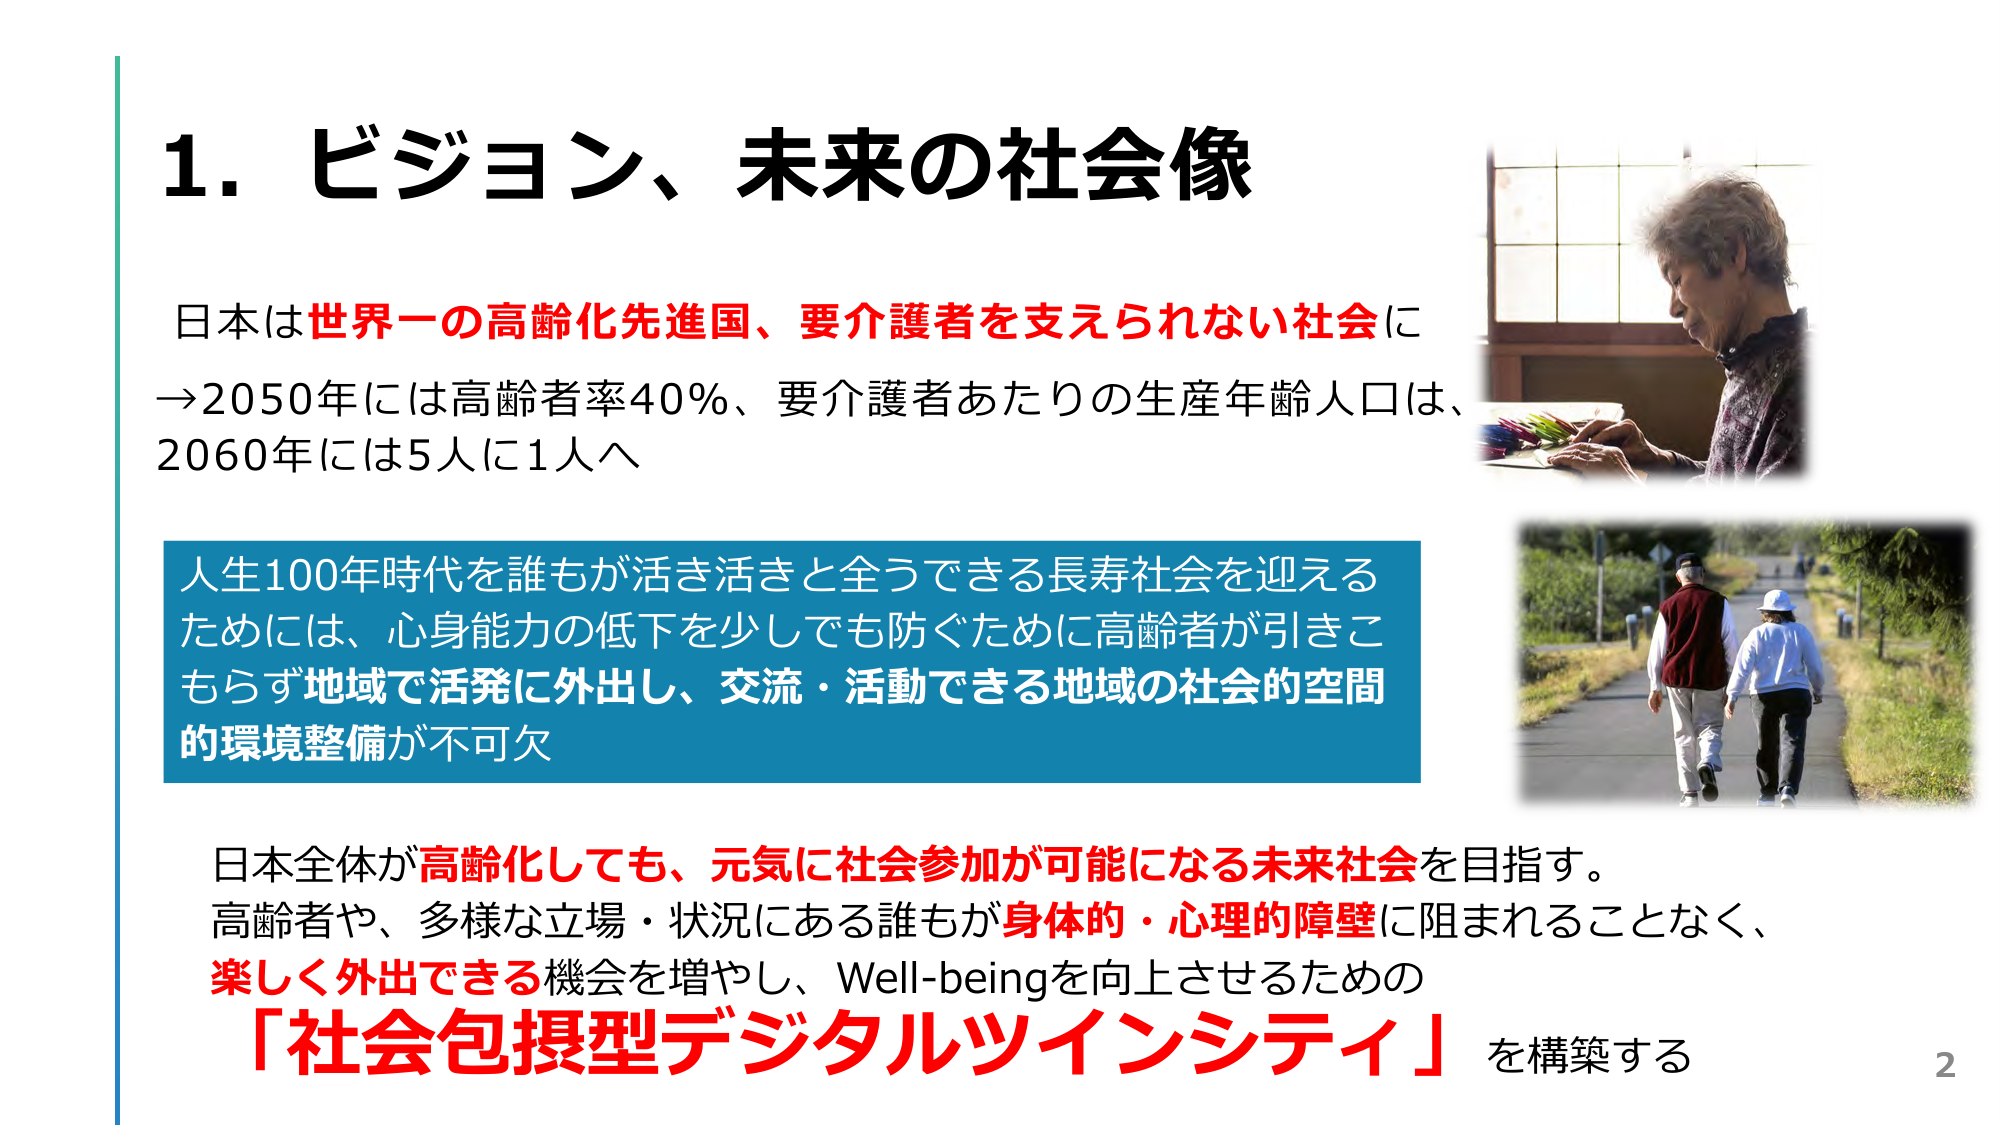
1. ビジョン、未来の社会像

日本は世界一の高齢化先進国、要介護者を支えられない社会に
→2050年には高齢者率40%、要介護者あたりの生産年齢人口は、
2060年には5人に1人へ

人生100年時代を誰もが活き活きと全うできる長寿社会を迎える
ためには、心身能力の低下を少しでも防ぐために高齢者が引きこ
もらず地域で活発に外出し、交流・活動できる地域の社会的空間
的環境整備が不可欠

日本全体が高齢化しても、元気に社会参加が可能になる未来社会を目指す。
高齢者や、多様な立場・状況にある誰もが身体的・心理的障壁に阻まれることなく、
楽しく外出できる機会を増やし、Well-beingを向上させるための
「社会包摂型デジタルツインシティ」を構築する

2